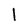
Character: l